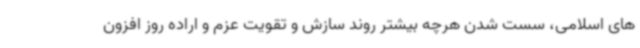
های اسلامی، سست شدن هرچه بیشتر روند سازش و تقویت عزم و اراده روز افزون